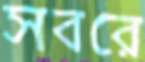
সবরে